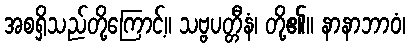
အစရှိသည်တို့ကြောင့်။ သဗ္ဗပတ္တီနံ၊ တို့၏။ နာနာဘာဝံ၊